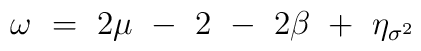
\omega ~=~ 2\mu ~-~ 2 ~-~ 2\beta ~+~ \eta_{\sigma^2}